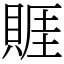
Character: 䝽